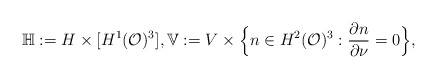
\begin{align*}\mathbb{H}: = H \times [ H^1(\mathcal{O})^3 ], \mathbb{V}:= V\times \Big\{n\in H^2(\mathcal{O})^3 : \frac{\partial n}{\partial \nu} = 0 \Big\} ,\end{align*}